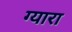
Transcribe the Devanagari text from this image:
ग्यारा